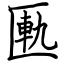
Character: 匭